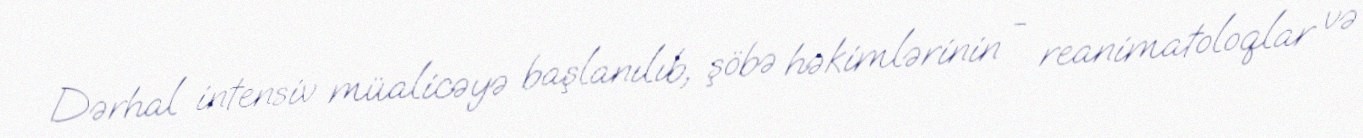
Dərhal intensiv müalicəyə başlanılıb, şöbə həkimlərinin - reanimatoloqlar və